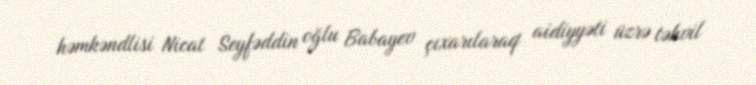
həmkəndlisi Nicat Seyfəddin oğlu Babayev çıxarılaraq aidiyyəti üzrə təhvil